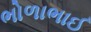
ભોળાભાઈ